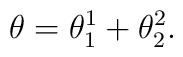
\theta = \theta^{1}_{1} + \theta^{2}_{2}.